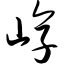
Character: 崞